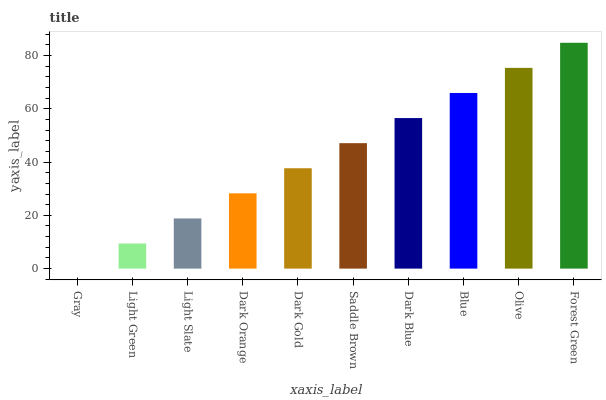
| xaxis_label | bars |
 | --- | --- |
 | Gray | 0 |
 | Light Green | 9.42 |
 | Light Slate | 18.8 |
 | Dark Orange | 28.3 |
 | Dark Gold | 37.7 |
 | Saddle Brown | 47.1 |
 | Dark Blue | 56.5 |
 | Blue | 65.9 |
 | Olive | 75.3 |
 | Forest Green | 84.8 |